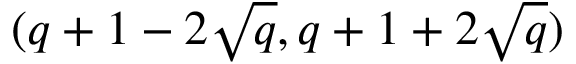
( q + 1 - 2 { \sqrt { q } } , q + 1 + 2 { \sqrt { q } } )